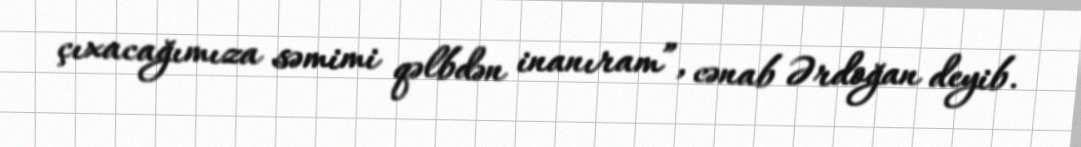
çıxacağımıza səmimi qəlbdən inanıram”, cənab Ərdoğan deyib.